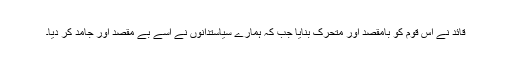
قائد نے اس قوم کو بامقصد اور متحرک بنایا جب کہ ہمارے سیاستدانوں نے اسے بے مقصد اور جامد کر دیا۔